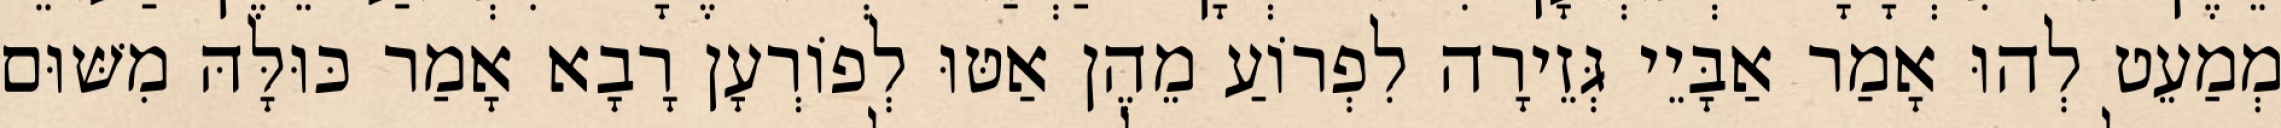
מְמַעֵט לְהוּ אָמַר אַבָּיֵי גְּזֵירָה לִפְרוֹעַ מֵהֶן אַטּוּ לְפוֹרְעָן רָבָא אָמַר כּוּלָּהּ מִשּׁוּם